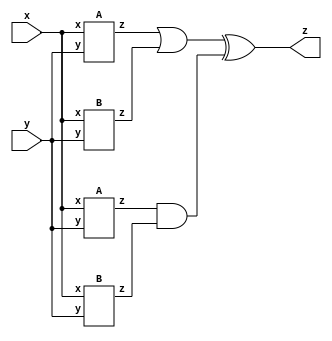
module top_module(
	input x,
	input y,
	output z);

	wire o1, o2, o3, o4;
	
	A ia1 (x, y, o1);
	B ib1 (x, y, o2);
	A ia2 (x, y, o3);
	B ib2 (x, y, o4);
	
	assign z = (o1 | o2) ^ (o3 & o4);

	// Or you could simplify the circuit including the sub-modules:
	// assign z = x|~y;
	
endmodule

module A (
	input x,
	input y,
	output z);

	assign z = (x^y) & x;
	
endmodule

module B (
	input x,
	input y,
	output z);

	assign z = ~(x^y);

endmodule